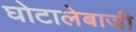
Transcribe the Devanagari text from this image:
घोटालेबाजी